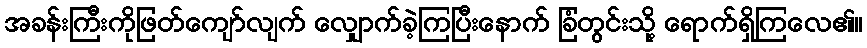
အခန်းကြီးကိုဖြတ်ကျော်လျက် လျှောက်ခဲ့ကြပြီးနောက် ခြံတွင်းသို့ ရောက်ရှိကြလေ၏။